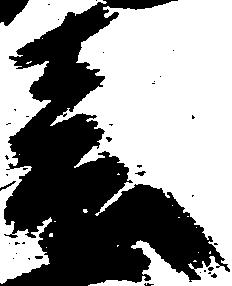
春